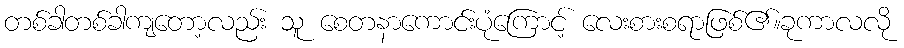
တစ်ခါတစ်ခါကျတော့လည်း သူ စေတနာကောင်းပုံကြောင့် လေးစားစရာဖြစ်၏။ခုကာလလို